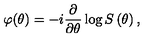
\varphi ( \theta ) = - i \frac { \partial } { \partial \theta } \log S \left( \theta \right) ,